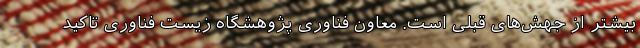
بیشتر از جهش‌های قبلی است. معاون فناوری پژوهشگاه زیست فناوری تاکید